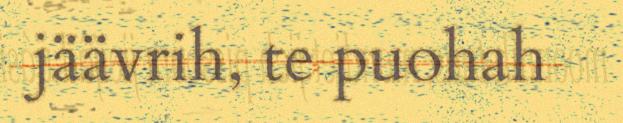
jäävrih, te puohah